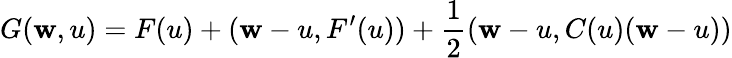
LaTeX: G(\mathbf{w},u)=F(u)+(\mathbf{w}-u,F^{\prime}(u))+\frac{{1}}{{2}}(\mathbf{w}-u,C(u)(\mathbf{w}-u))